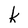
Character: k